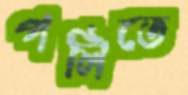
পলিতে